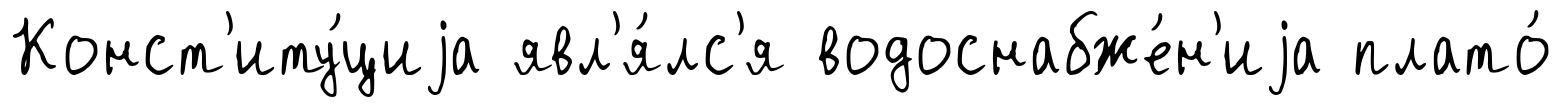
Конст'иту́циjа явл'я́лс'я водоснабже́н'иjа плато́